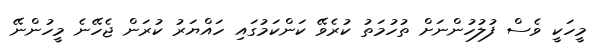
މީހަކީ ވެސް ފުލުހުންނަށް ތުހުމަތު ކުރެވޭ ކަންކަމުގައި ހައްޔަރު ކުރަން ޖެހޭނެ މީހުންނޭ